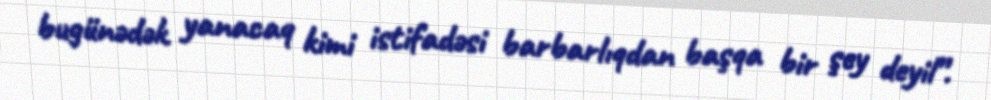
bugünədək yanacaq kimi istifadəsi barbarlıqdan başqa bir şey deyil”.